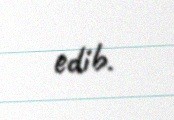
edib.